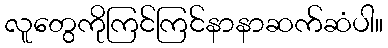
လူတွေကိုကြင်ကြင်နာနာဆက်ဆံပါ။